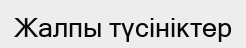
Жалпы түсініктер